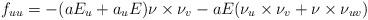
LaTeX: \begin{align*}f_{uu}=-(aE_u+a_uE)\nu\times\nu_v-aE(\nu_u\times\nu_v+\nu\times\nu_{uv}) \end{align*}